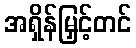
အရှိန်မြှင့်တင်